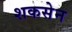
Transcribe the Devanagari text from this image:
शकसेन